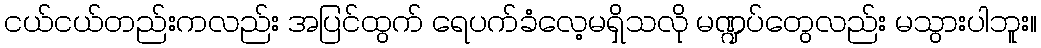
ငယ်ငယ်တည်းကလည်း အပြင်ထွက် ရေပက်ခံလေ့မရှိသလို မဏ္ဍပ်တွေလည်း မသွားပါဘူး။